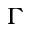
\Gamma